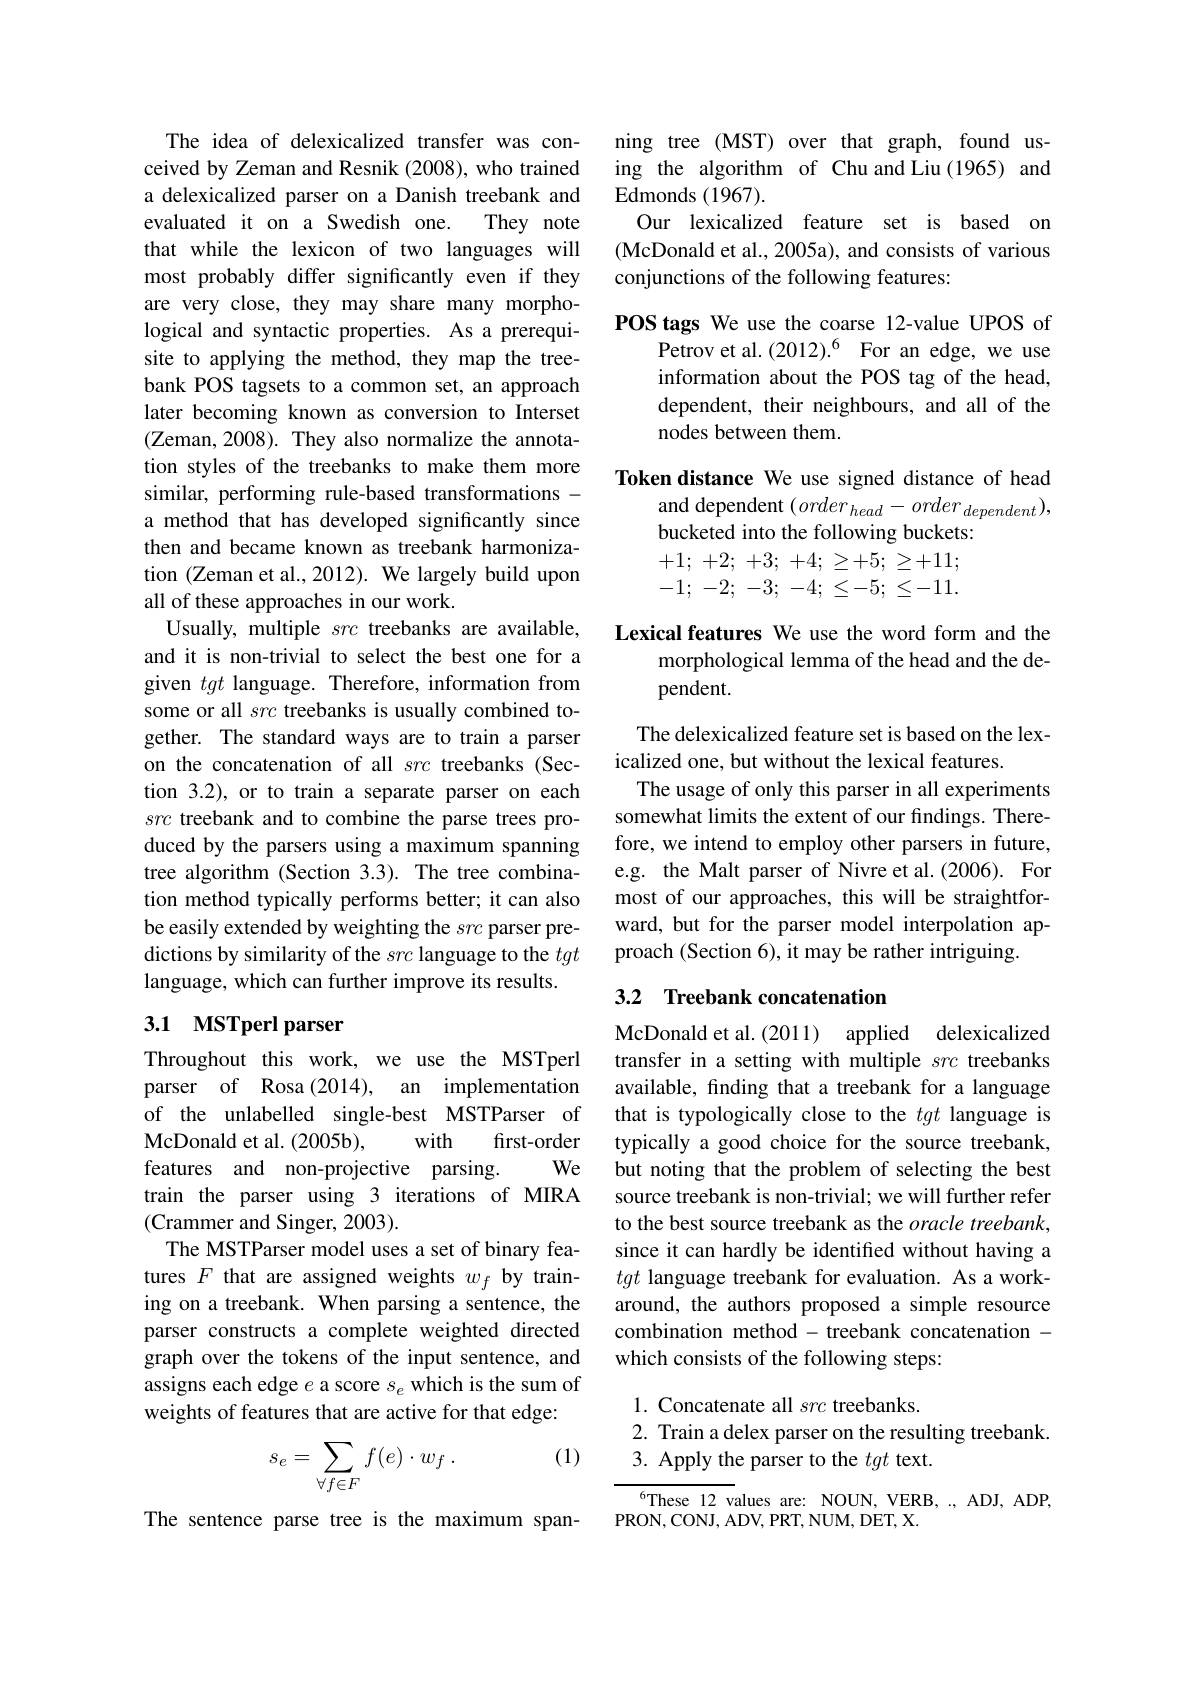
The idea of delexicalized transfer was conceived by Zeman and Resnik (2008), who trained a delexicalized parser on a Danish treebank and evaluated it on a Swedish one. They note that while the lexicon of two languages will most probably differ significantly even if they are very close, they may share many morphological and syntactic properties. As a prerequisite to applying the method, they map the treebank POS tagsets to a common set, an approach later becoming known as conversion to Interset (Zeman, 2008). They also normalize the annotation styles of the treebanks to make them more similar, performing rule-based transformations - a method that has developed significantly since then and became known as treebank harmonization (Zeman et al., 2012). We largely build upon all of these approaches in our work.
Usually, multiple src treebanks are available, and it is non-trivial to select the best one for a given tgt language. Therefore, information from some or all src treebanks is usually combined together. The standard ways are to train a parser on the concatenation of all src treebanks (Section 3.2), or to train a separate parser on each src treebank and to combine the parse trees produced by the parsers using a maximum spanning tree algorithm (Section 3.3). The tree combination method typically performs better; it can also be easily extended by weighting the src parser predictions by similarity of the src language to the tgt language, which can further improve its results.

## 3.1 MSTperl parser

Throughout this work, we use the MSTperl parser of Rosa (2014), an implementation of the unlabelled single-best MSTParser of
with
first-order
McDonald et al. (2005b),
We
features and non-projective parsing.
train the parser using 3 iterations of MIRA
(Crammer and Singer, 2003).
The MSTParser model uses a set of binary features $F$ that are assigned weights $w_f$ by training on a treebank. When parsing a sentence, the parser constructs a complete weighted directed graph over the tokens of the input sentence, and assigns each edge $e$ a score $s_e$ which is the sum of weights of features that are active for that edge:

(1)
$$\begin{aligned}s_e&=\sum_{\forall f\in F}f(e)\cdot w_f\:.\end{aligned}$$
The sentence parse tree is the maximum span-

ning tree (MST) over that graph, found using the algorithm of Chu and Liu(1965) and Edmonds (1967).
Our lexicalized feature set is based on (McDonald et al., 2005a), and consists of various conjunctions of the following features:

POS tags We use the coarse 12-value UPOS of
Petrov et al.(2012).$^6$ For an edge, we use information about the POS tag of the head, dependent, their neighbours, and all of the nodes between them.

Token distance We use signed distance of head

and dependent $(order_{head}-order_{dependent})$,

bucketed into the following buckets:

+1; +2; +3; +4; $\geq + 5;$ $\geq + 11;$

-1; -2; -3; -4; $\leq - 5;$ $\leq - 11.$

Lexical features We use the word form and the
morphological lemma of the head and the de-
pendent.

The delexicalized feature set is based on the lex-
icalized one, but without the lexical features.
The usage of only this parser in all experiments somewhat limits the extent of our findings. Therefore, we intend to employ other parsers in future, e.g. the Malt parser of Nivre et al.(2006). For most of our approaches, this will be straightforward, but for the parser model interpolation approach (Section 6), it may be rather intriguing

## 3.2 Treebank concatenation

McDonald et al. (2011) applied delexicalized transfer in a setting with multiple src treebanks available, finding that a treebank for a language that is typologically close to the tgt language is typically a good choice for the source treebank, but noting that the problem of selecting the best source treebank is non-trivial; we will further refer to the best source treebank as the oracle treebank, since it can hardly be identified without having a tgt language treebank for evaluation. As a workaround, the authors proposed a simple resource combination method - treebank concatenation - which consists of the following steps:

1. Concatenate all src treebanks.
2. Train a delex parser on the resulting treebank.
3. Apply the parser to the tgt text.

$^{6}$These 12 values are: NOUN, VERB, ., ADJ, ADP,
PRON, CONJ, ADV, PRT, NUM, DET, X.